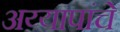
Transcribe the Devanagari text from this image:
अय्यापांचे